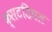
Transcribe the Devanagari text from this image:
क्सटडियल